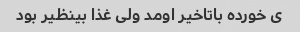
ی خورده باتاخیر اومد ولی غذا بینظیر بود